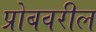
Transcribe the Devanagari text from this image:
प्रोबवरील